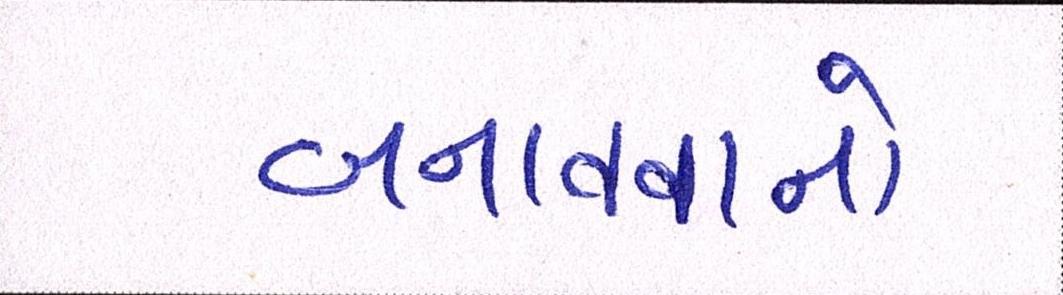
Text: બનાવવાનો